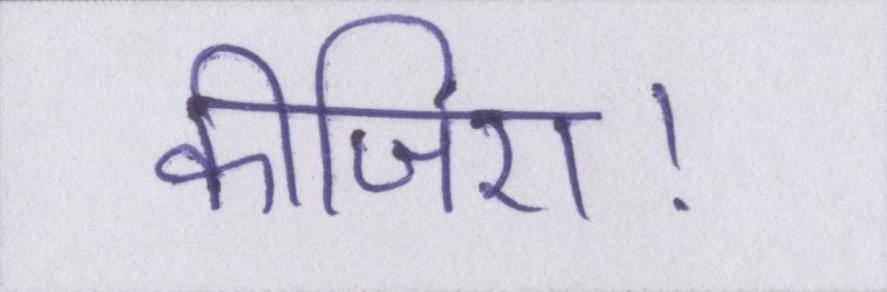
कीजिए।